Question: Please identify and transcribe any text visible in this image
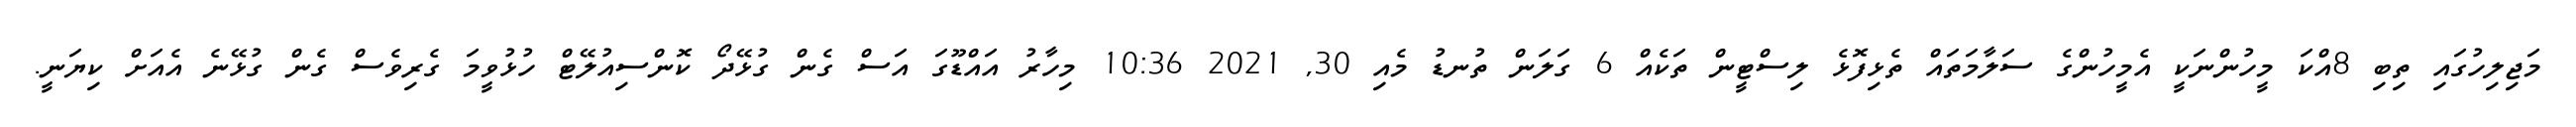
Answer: މަޖިލިހުގައި ތިބި 8އްކަ މީހުންނަކީ އެމީހުންގެ ސަލާމަތައް ތެޅިފޮޅެ ލިސްޓީން ތަކެއް 6 ގަލަން ތުނޑު މެއި 30, 2021 10:36 މިހާރު އައްޑޫގަ އަސް ގެން ގުޅޭދޯ ކޮންސިއުލޭޓް ހުޅުވީމަ ގެރިވެސް ގެން ގުޅޭނެ އެއަށް ކިޔަނީ.